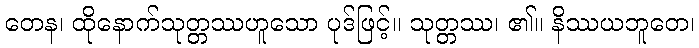
တေန၊ ထိုနောက်သုတ္တဿဟူသော ပုဒ်ဖြင့်။ သုတ္တဿ၊ ၏။ နိဿယဘူတေ၊